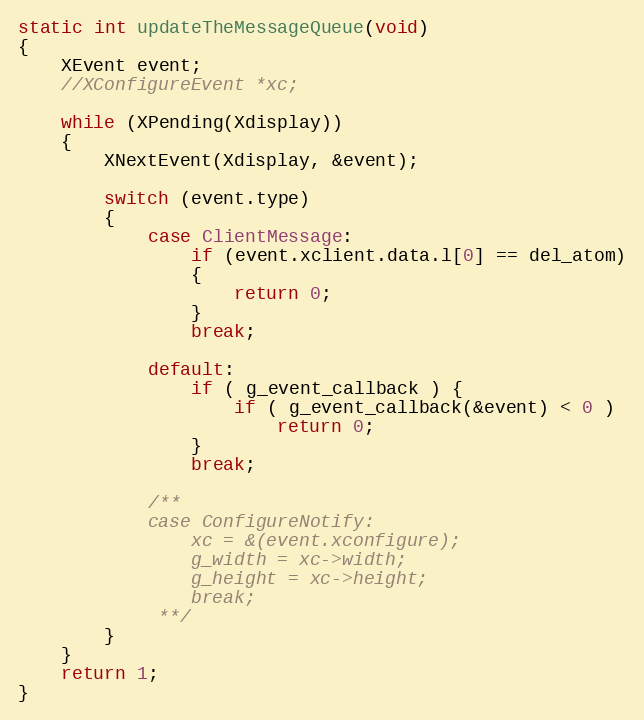
Language: C
static int updateTheMessageQueue(void)
{
	XEvent event;
	//XConfigureEvent *xc;

	while (XPending(Xdisplay))
	{
		XNextEvent(Xdisplay, &event);

		switch (event.type)
		{
			case ClientMessage:
				if (event.xclient.data.l[0] == del_atom)
				{
					return 0;
				}
				break;

			default:
				if ( g_event_callback ) {
					if ( g_event_callback(&event) < 0 )
						return 0;
				}
				break;

			/**
			case ConfigureNotify:
				xc = &(event.xconfigure);
				g_width = xc->width;
				g_height = xc->height;
				break;
			 **/
		}
	}
	return 1;
}